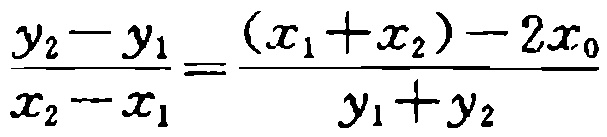
\(\frac{y_{2}-y_{1}}{x_{2}-x_{1}}=\frac{(x_{1}+x_{2})-2x_{0}}{y_{1}+y_{2}}\)